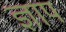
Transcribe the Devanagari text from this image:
ज्ञाप